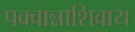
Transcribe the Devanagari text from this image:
पक्वान्नाशिवाय